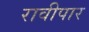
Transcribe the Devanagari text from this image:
रावीपार